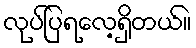
လုပ်ပြရလေ့ရှိတယ်။